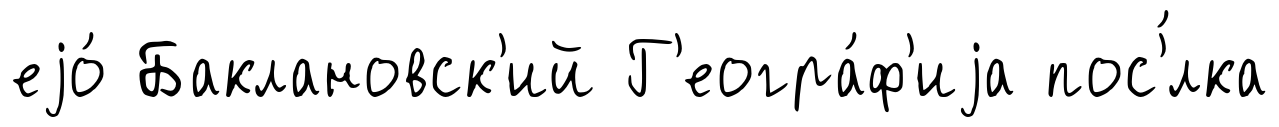
еjо́ Баклановск'ий Г'еогра́ф'иjа пос'́лка